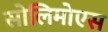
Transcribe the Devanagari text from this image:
सोलिमोएस